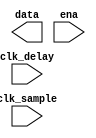
`timescale 1ns / 1ps
//////////////////////////////////////////////////////////////////////////////////
module TDC(
            input wire	clk_delay,
			input wire	clk_sample,
			output [63:0] data,
			input wire	ena
    );


endmodule